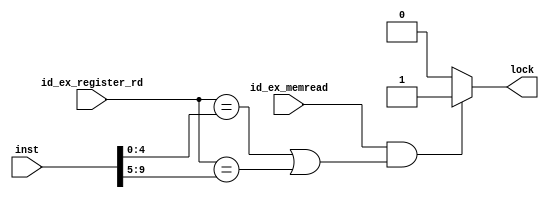
module fb_hazard_detection_unit (
  input id_ex_memread,      //the memread signal in ex phase
  input [4:0]id_ex_register_rd,  //register destination in ex phase
  input [9:0]inst,          //a part of instruction, rs1 rs2 decode from that
  output lock               //if need lock register, output lock signal
);

wire [4:0]if_id_register_rs1;
wire [4:0]if_id_register_rs2;

//decode the instruction
assign if_id_register_rs1 = inst[4:0];
assign if_id_register_rs2 = inst[9:5];

///////////////////////////////////////////////////////////////////////////////
//lock when:
//1.previous instruction have memory read(such as load instruction)
//2.previous write back destination equals now instruction source(rs1 or rs2)
//scene demo : ld x1, add x3, x1(data hazard), x2
///////////////////////////////////////////////////////////////////////////////
assign lock = ((id_ex_memread == 1) &&
                ((id_ex_register_rd == if_id_register_rs1) || 
                  (id_ex_register_rd == if_id_register_rs2))) ? 1 : 0;


endmodule